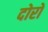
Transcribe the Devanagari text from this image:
दोरों